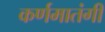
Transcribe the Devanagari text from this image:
कर्णमातंगी